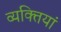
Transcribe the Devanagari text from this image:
व्यक्तियां